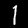
Digit: 1